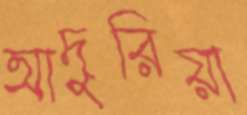
আদুরিয়া